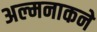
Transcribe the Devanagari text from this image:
अल्मनाकने